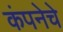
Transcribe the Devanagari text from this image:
कंपनेचे